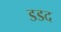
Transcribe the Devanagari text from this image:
डडद